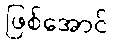
ဖြစ်အောင်